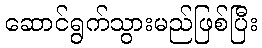
ဆောင်ရွက်သွားမည်ဖြစ်ပြီး